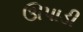
ઊપાડી